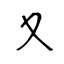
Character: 夊